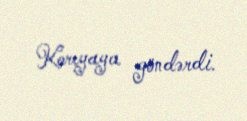
Koreyaya göndərdi.